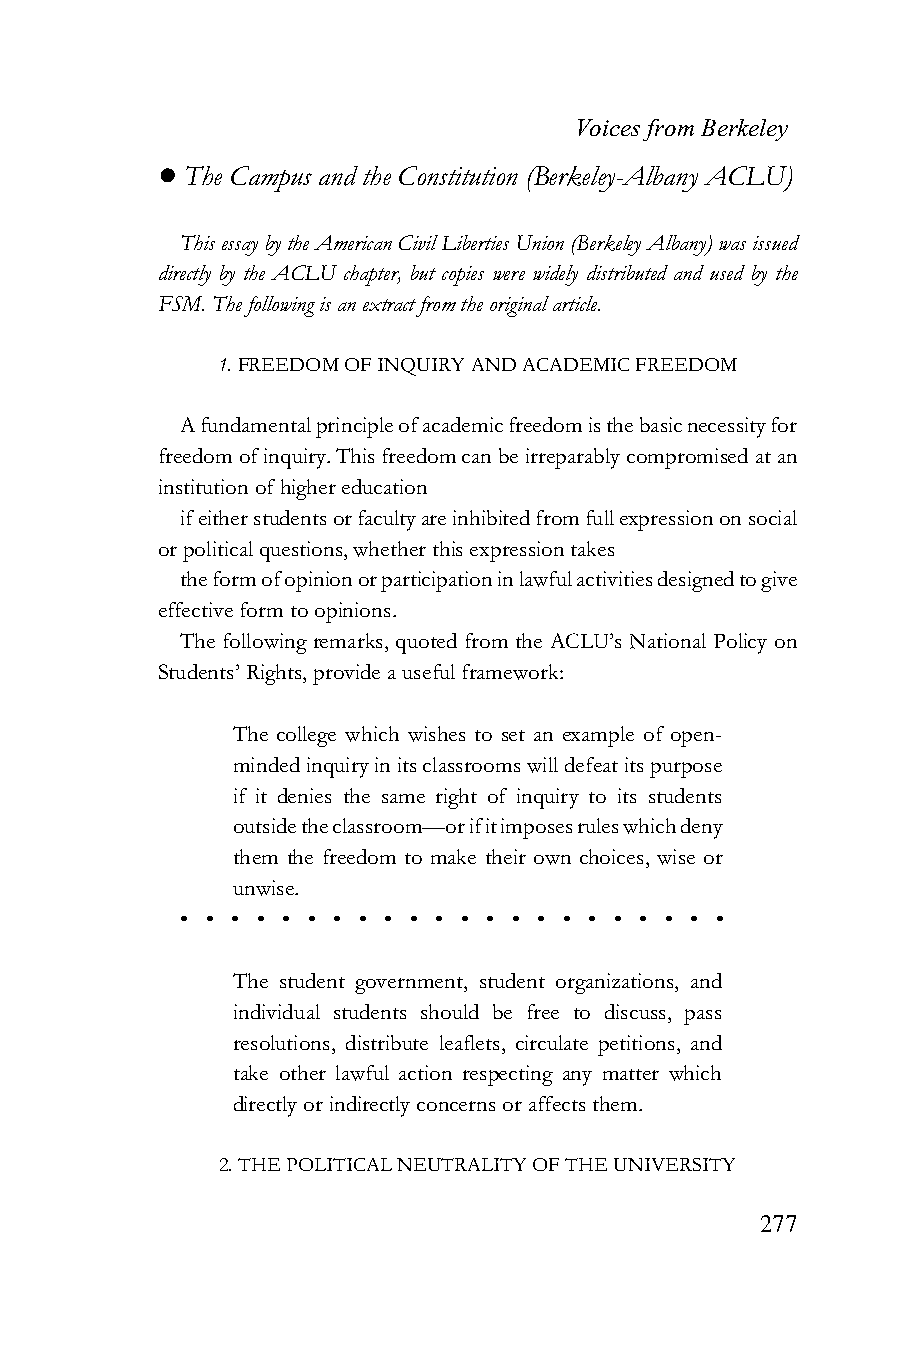
Voices from Berkeley
 ! The Campus and the Constitution (Berkeley-Albany ACLU)
 This essay by the American Civil Liberties Union (Berkeley Albany) was issued
 directly by the ACLU chapter, but copies were widely distributed and used by the
 FSM. The following is an extract from the original article.
 1. FREEDOM OF INQUIRY AND ACADEMIC FREEDOM
 A fundamental principle of academic freedom is the basic necessity for
 freedom of inquiry. This freedom can be irreparably compromised at an
 institution of higher education
 if either students or faculty are inhibited from full expression on social
 or political questions, whether this expression takes
 the form of opinion or participation in lawful activities designed to give
 effective form to opinions.
 The following remarks, quoted from the ACLU’s National Policy on
 Students’ Rights, provide a useful framework:
 The college which wishes to set an example of open-
 minded inquiry in its classrooms will defeat its purpose
 if it denies the same right of inquiry to its students
 outside the classroom—or if it imposes rules which deny
 them the freedom to make their own choices, wise or
 unwise.
 • • • • • • • • • • • • • • • • • • • • • •
 The student government, student organizations, and
 individual students should be free to discuss, pass
 resolutions, distribute leaflets, circulate petitions, and
 take other lawful action respecting any matter which
 directly or indirectly concerns or affects them.
 2. THE POLITICAL NEUTRALITY OF THE UNIVERSITY
 277